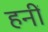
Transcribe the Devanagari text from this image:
हनीं